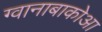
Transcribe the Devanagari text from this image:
ग्वानाबाकोआ